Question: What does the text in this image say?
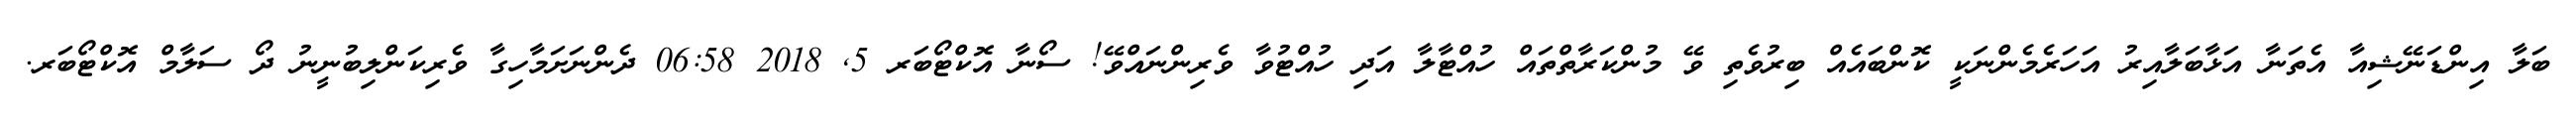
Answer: ބަލާ އިންޑަނޭޝިއާ އެތަނާ އަޅާބަލާއިރު އަހަރެމެންނަކީ ކޮންބައެއް ބިރުވެތި ވޭ މުންކަރާތްތައް ހުއްޓާލާ އަދި ހުއްޓުވާ ވެރިންނައްވޭ! ސޯނާ އޮކްޓޯބަރ 5, 2018 06:58 ދެންނަށަމާހިގާ ވެރިކަންލިބުނީނު ދޯ ސަލާމް އޮކްޓޯބަރ.